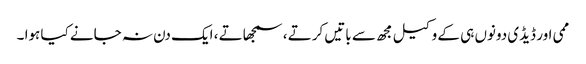
ممی اور ڈیڈی دونوں ہی کے وکیل مجھ سے باتیں کرتے ، سمجھاتے ، ایک دن نہ جانے کیا ہوا ۔